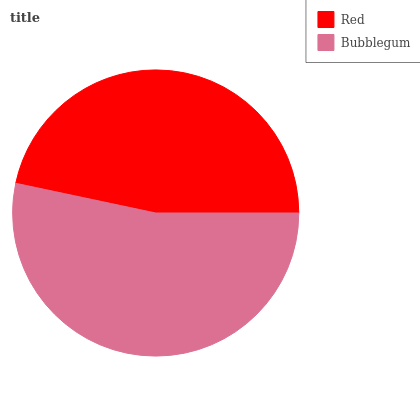
| Red | Bubblegum |
 | --- | --- |
 | 46.7% | 53.3% |